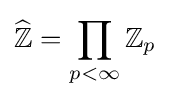
{\widehat {\mathbb {Z} }}=\prod _{p<\infty }\mathbb {Z} _{p}